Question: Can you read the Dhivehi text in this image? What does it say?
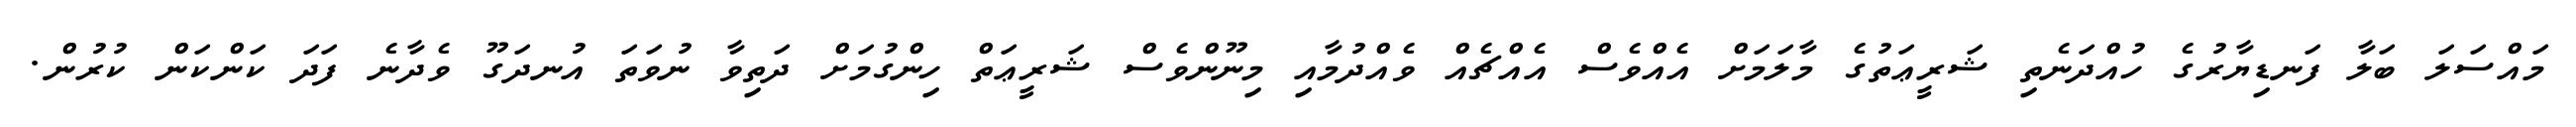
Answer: މައްސަލަ ބަލާ ފަނޑިޔާރުގެ ހުއްދަނެތި ޝަރީޢަތުގެ މާލަމަށް އެއްވެސް އެއްޗެއް ވެއްދުމާއި މިނޫންވެސް ޝަރީޢަތް ހިންގުމަށް ދަތިވާ ނުވަތަ އުނދަގޫ ވެދާނެ ފަދަ ކަންކަން ކުރުން.